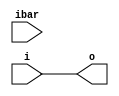
module cyclonev_io_ibuf
  (output o, input i, input ibar);
   assign ibar = ibar;
   assign o    = i;
endmodule